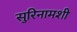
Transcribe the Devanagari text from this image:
सुरिनामशी